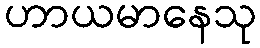
ဟာယမာနေသု